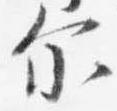
示